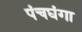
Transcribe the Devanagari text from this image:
पंचघंगा